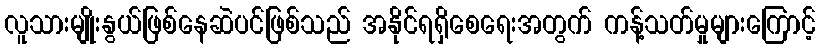
လူသားမျိုးနွယ်ဖြစ်နေဆဲပင်ဖြစ်သည် အနိုင်ရရှိစေရေးအတွက် ကန့်သတ်မှုများကြောင့်